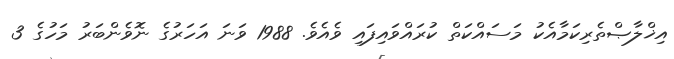
އިޚްލާޞްތެރިކަމާއެކު މަސައްކަތް ކުރައްވައިފައި ވެއެވެ. 1988 ވަނަ އަހަރުގެ ނޮވެންބަރު މަހުގެ 3